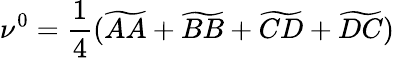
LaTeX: \nu^{0}=\frac{1}{4}(\widetilde{AA}+\widetilde{BB}+\widetilde{CD}+\widetilde{DC})